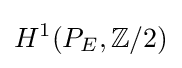
H^{1}(P_{E},\mathbb {Z} /2)